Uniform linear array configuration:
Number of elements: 64
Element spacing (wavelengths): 0.25
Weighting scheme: hamming
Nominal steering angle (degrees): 0
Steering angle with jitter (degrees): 0.9099
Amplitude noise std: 0.05
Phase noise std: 0.05

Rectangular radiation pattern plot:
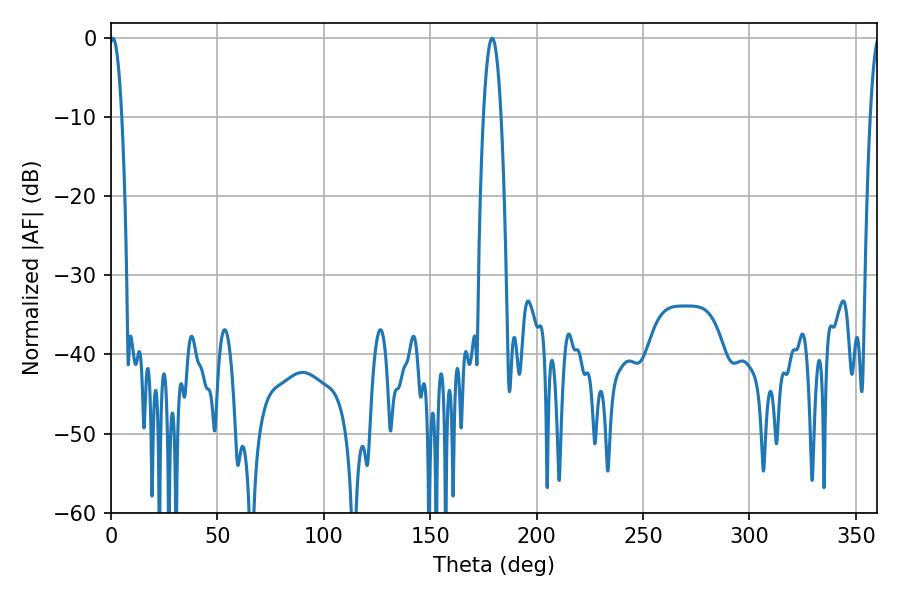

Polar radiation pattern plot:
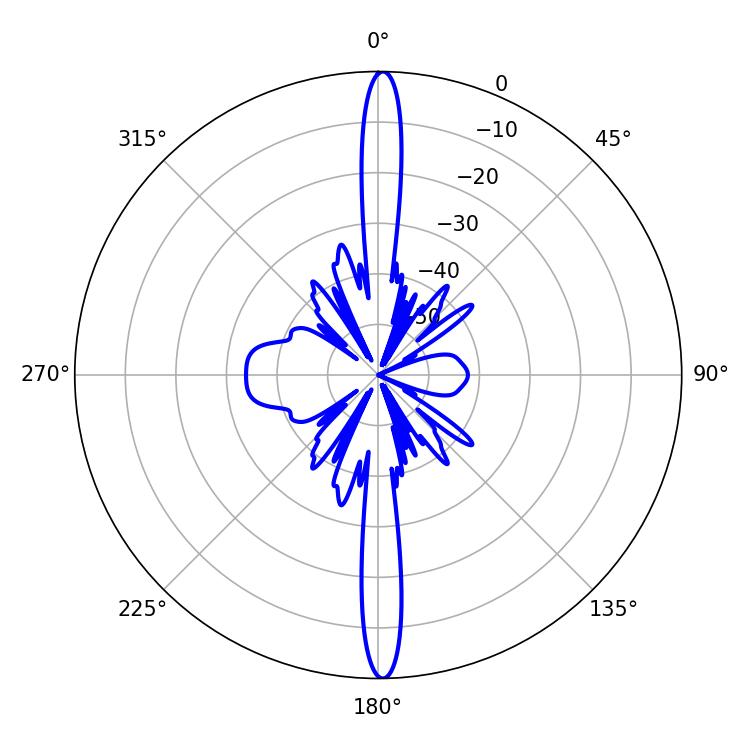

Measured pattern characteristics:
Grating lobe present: FALSE
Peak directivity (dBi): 29.091
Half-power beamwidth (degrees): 3.24
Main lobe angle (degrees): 0.9